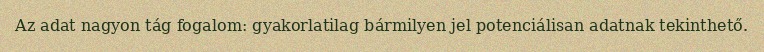
Az adat nagyon tág fogalom: gyakorlatilag bármilyen jel potenciálisan adatnak tekinthető.